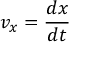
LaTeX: v _ { x } = { \frac { d x } { d t } }